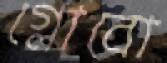
গ্লোবো